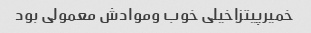
خمیرپیتزاخیلی خوب وموادش معمولی بود